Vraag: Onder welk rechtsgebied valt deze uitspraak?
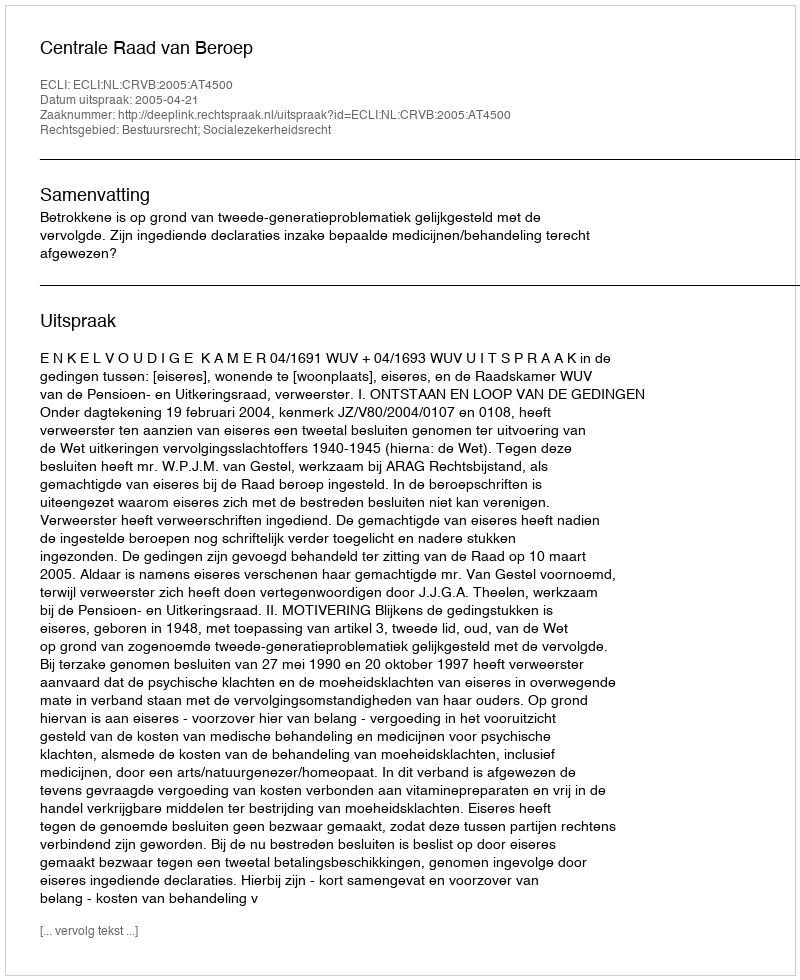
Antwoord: Bestuursrecht; Socialezekerheidsrecht